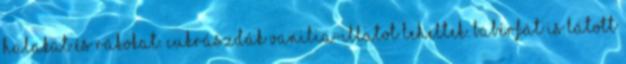
halakat és rákokat. Cukrászdák vanilia-illatot leheltek. Babérfát is látott